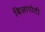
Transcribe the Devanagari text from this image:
बिलापोटी